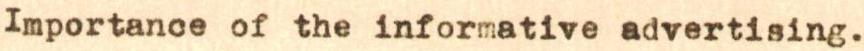
Importance of the informative advertising.